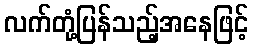
လက်တုံ့ပြန်သည့်အနေဖြင့်